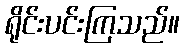
ရိုင်းပင်းကြသည်။